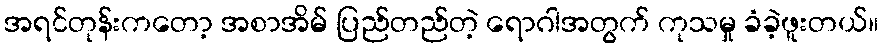
အရင်တုန်းကတော့ အစာအိမ် ပြည်တည်တဲ့ ရောဂါအတွက် ကုသမှု ခံခဲ့ဖူးတယ်။